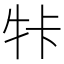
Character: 𤙐